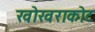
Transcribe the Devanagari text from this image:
खोखराकोट